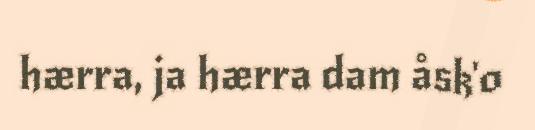
hærra, ja hærra dam åsk'o